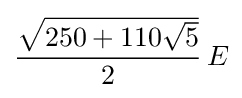
{\frac {\sqrt {250+110{\sqrt {5}}}}{2}}\,E